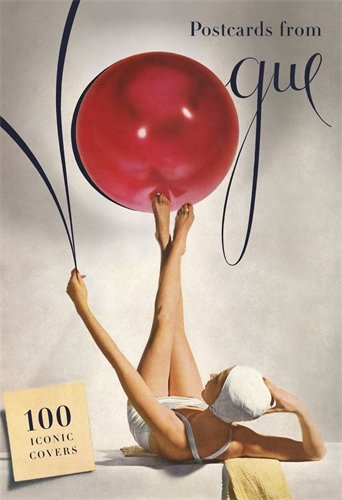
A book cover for Postcards from Vogue: 100 Iconic Covers; Crafts, Hobbies & Home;